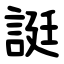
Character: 誔